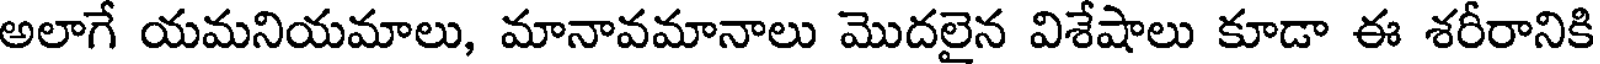
అలాగే యమనియమాలు, మానావమానాలు మొదలైన విశేషాలు కూడా ఈ శరీరానికి